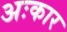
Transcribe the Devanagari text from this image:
अःकार